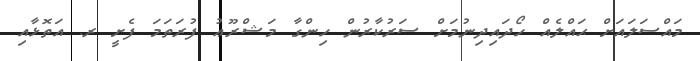
މައްސަލައަށް ޙައްލެއް ހޯދައިދިނުމަށް ސަރުކާރުން ހިންގާ މަޝްރޫޢު ފުރަތަމަ ފެށީ ރ. އަތޮޅާއި